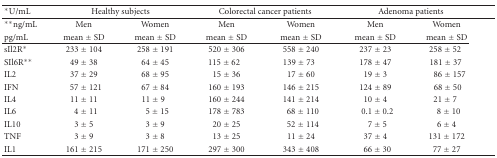
| *U/mL | <COLSPAN=2> Healthy subjects | <COLSPAN=2> Colorectal cancer patients | <COLSPAN=2> Adenoma patients |
 | --- | --- | --- | --- | --- | --- | --- |
 | **ng/mL | Men | Women | Men | Women | Men | Women |
 | pg/mL | mean ± SD | mean ± SD | mean ± SD | mean ± SD | mean ± SD | mean ± SD |
 | sIl2R* | 233 ± 104 | 258 ± 191 | 520 ± 306 | 558 ± 240 | 237 ± 23 | 258 ± 52 |
 | SIl6R** | 49 ± 38 | 64 ± 45 | 115 ± 62 | 139 ± 73 | 178 ± 47 | 181 ± 37 |
 | IL2 | 37 ± 29 | 68 ± 95 | 15 ± 36 | 17 ± 60 | 19 ± 3 | 86 ± 157 |
 | IFN | 57 ± 121 | 67 ± 84 | 160 ± 193 | 146 ± 215 | 124 ± 89 | 68 ± 50 |
 | IL4 | 11 ± 11 | 11 ± 9 | 160 ± 244 | 141 ± 214 | 10 ± 4 | 21 ± 7 |
 | IL6 | 4 ± 11 | 5 ± 15 | 178 ± 783 | 68 ± 110 | 0.1 ± 0.2 | 8 ± 10 |
 | IL10 | 3 ± 5 | 3 ± 9 | 20 ± 25 | 52 ± 114 | 7 ± 5 | 6 ± 4 |
 | TNF | 3 ± 9 | 3 ± 8 | 13 ± 25 | 11 ± 24 | 37 ± 4 | 131 ± 172 |
 | IL1 | 161 ± 215 | 171 ± 250 | 297 ± 300 | 343 ± 408 | 66 ± 30 | 77 ± 27 |